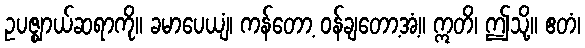
ဥပဇ္ဈာယ်ဆရာကို။ ခမာပေယျံ၊ ကန်တော့ ဝန်ချတော့အံ့။ ဣတိ၊ ဤသို့။ ဧတံ၊